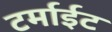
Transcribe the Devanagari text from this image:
टर्माईट